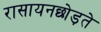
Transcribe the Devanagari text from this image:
रासायनछोड़ते